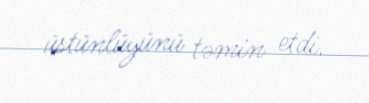
üstünlüyünü təmin etdi.